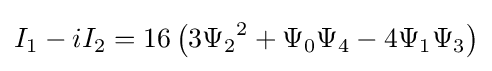
I_{1}-iI_{2}=16\left(3{\Psi _{2}}^{2}+\Psi _{0}\Psi _{4}-4\Psi _{1}\Psi _{3}\right)